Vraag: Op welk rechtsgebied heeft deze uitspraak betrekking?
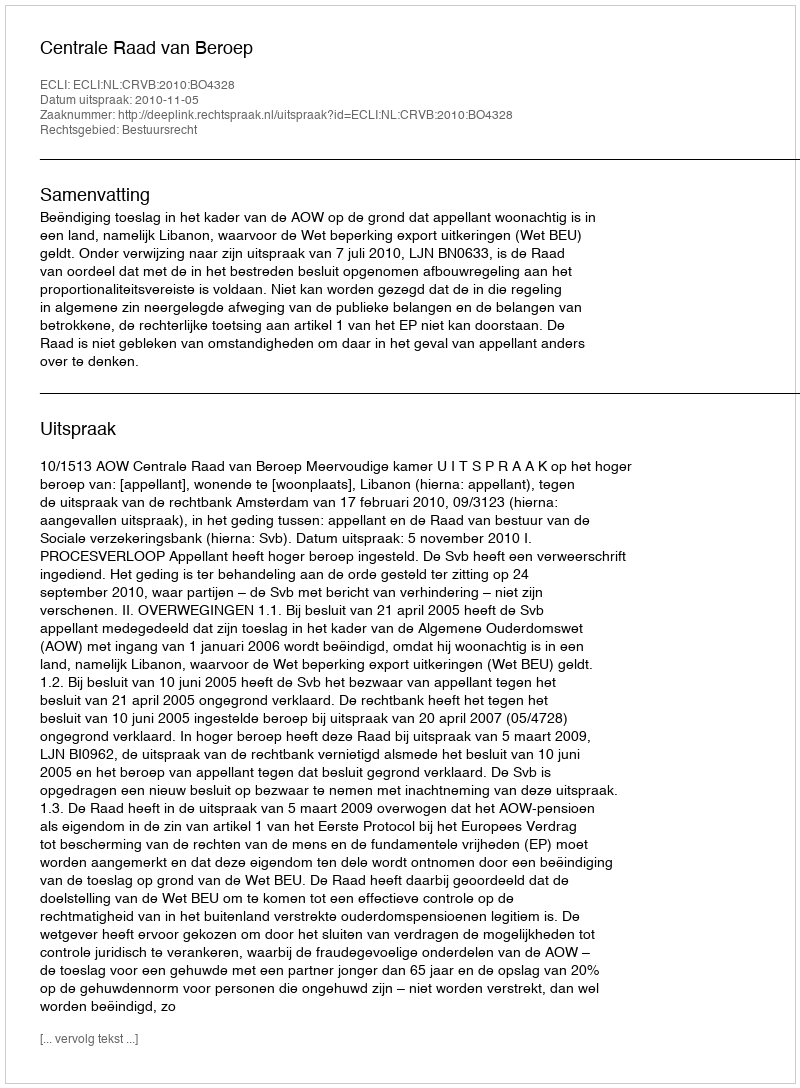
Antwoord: Bestuursrecht